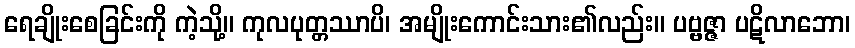
ရေချိုးစေခြင်းကို ကဲ့သို့။ ကုလပုတ္တဿာပိ၊ အမျိုးကောင်းသား၏လည်း။ ပဗ္ဗဇ္ဇာ ပဋိလာဘော၊